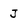
Character: J